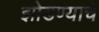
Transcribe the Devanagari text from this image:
झोडण्याचे